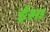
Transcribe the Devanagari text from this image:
र्इसा